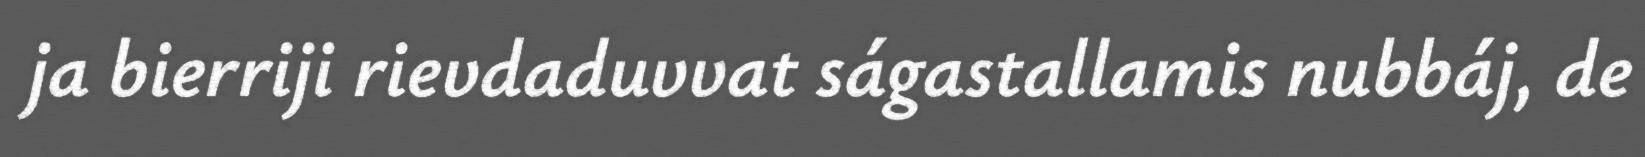
ja bierriji rievdaduvvat ságastallamis nubbáj, de